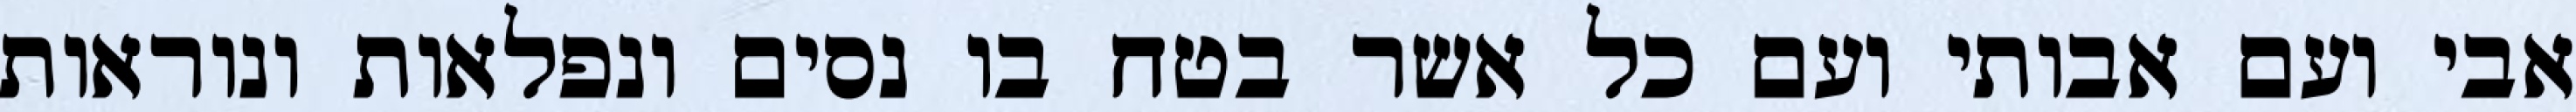
אבי ועם אבותי ועם כל אשר בטח בו נסים ונפלאות ונוראות